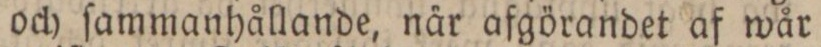
och ſammanhållande, när afgörandet af wår